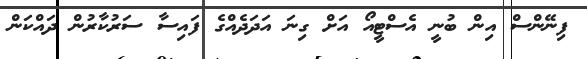
ފިނޭންސް އިން ބުނީ އެސްޓީއޯ އަށް ގިނަ އަދަދެއްގެ ފައިސާ ސަރުކާރުން ދައްކަން